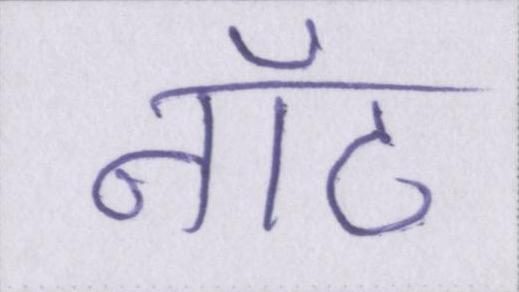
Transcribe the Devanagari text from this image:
नॉट